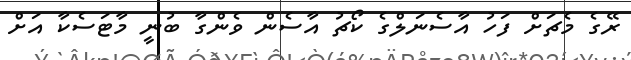
ރޭގެ މެޗަށް ފަހު އާސެނަލްގެ ކޯޗު އާސެން ވެންގާ ބުނީ މާޓަސެކާ އަށް